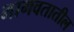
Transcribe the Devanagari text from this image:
भागवतातील